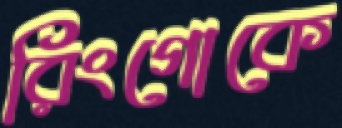
রিংগোকে